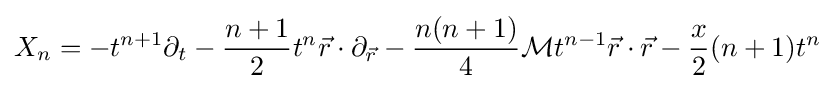
X_{n}=-t^{n+1}\partial _{t}-{n+1 \over 2}t^{n}{\vec {r}}\cdot \partial _{\vec {r}}-{n(n+1) \over 4}{\cal {M}}t^{n-1}{\vec {r}}\cdot {\vec {r}}-{x \over 2}(n+1)t^{n}